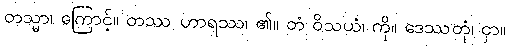
တသ္မာ၊ ကြောင့်။ တဿ ဟာရဿ၊ ၏။ တံ ဝိသယံ၊ ကို။ ဒေဿတုံ၊ ငှာ။